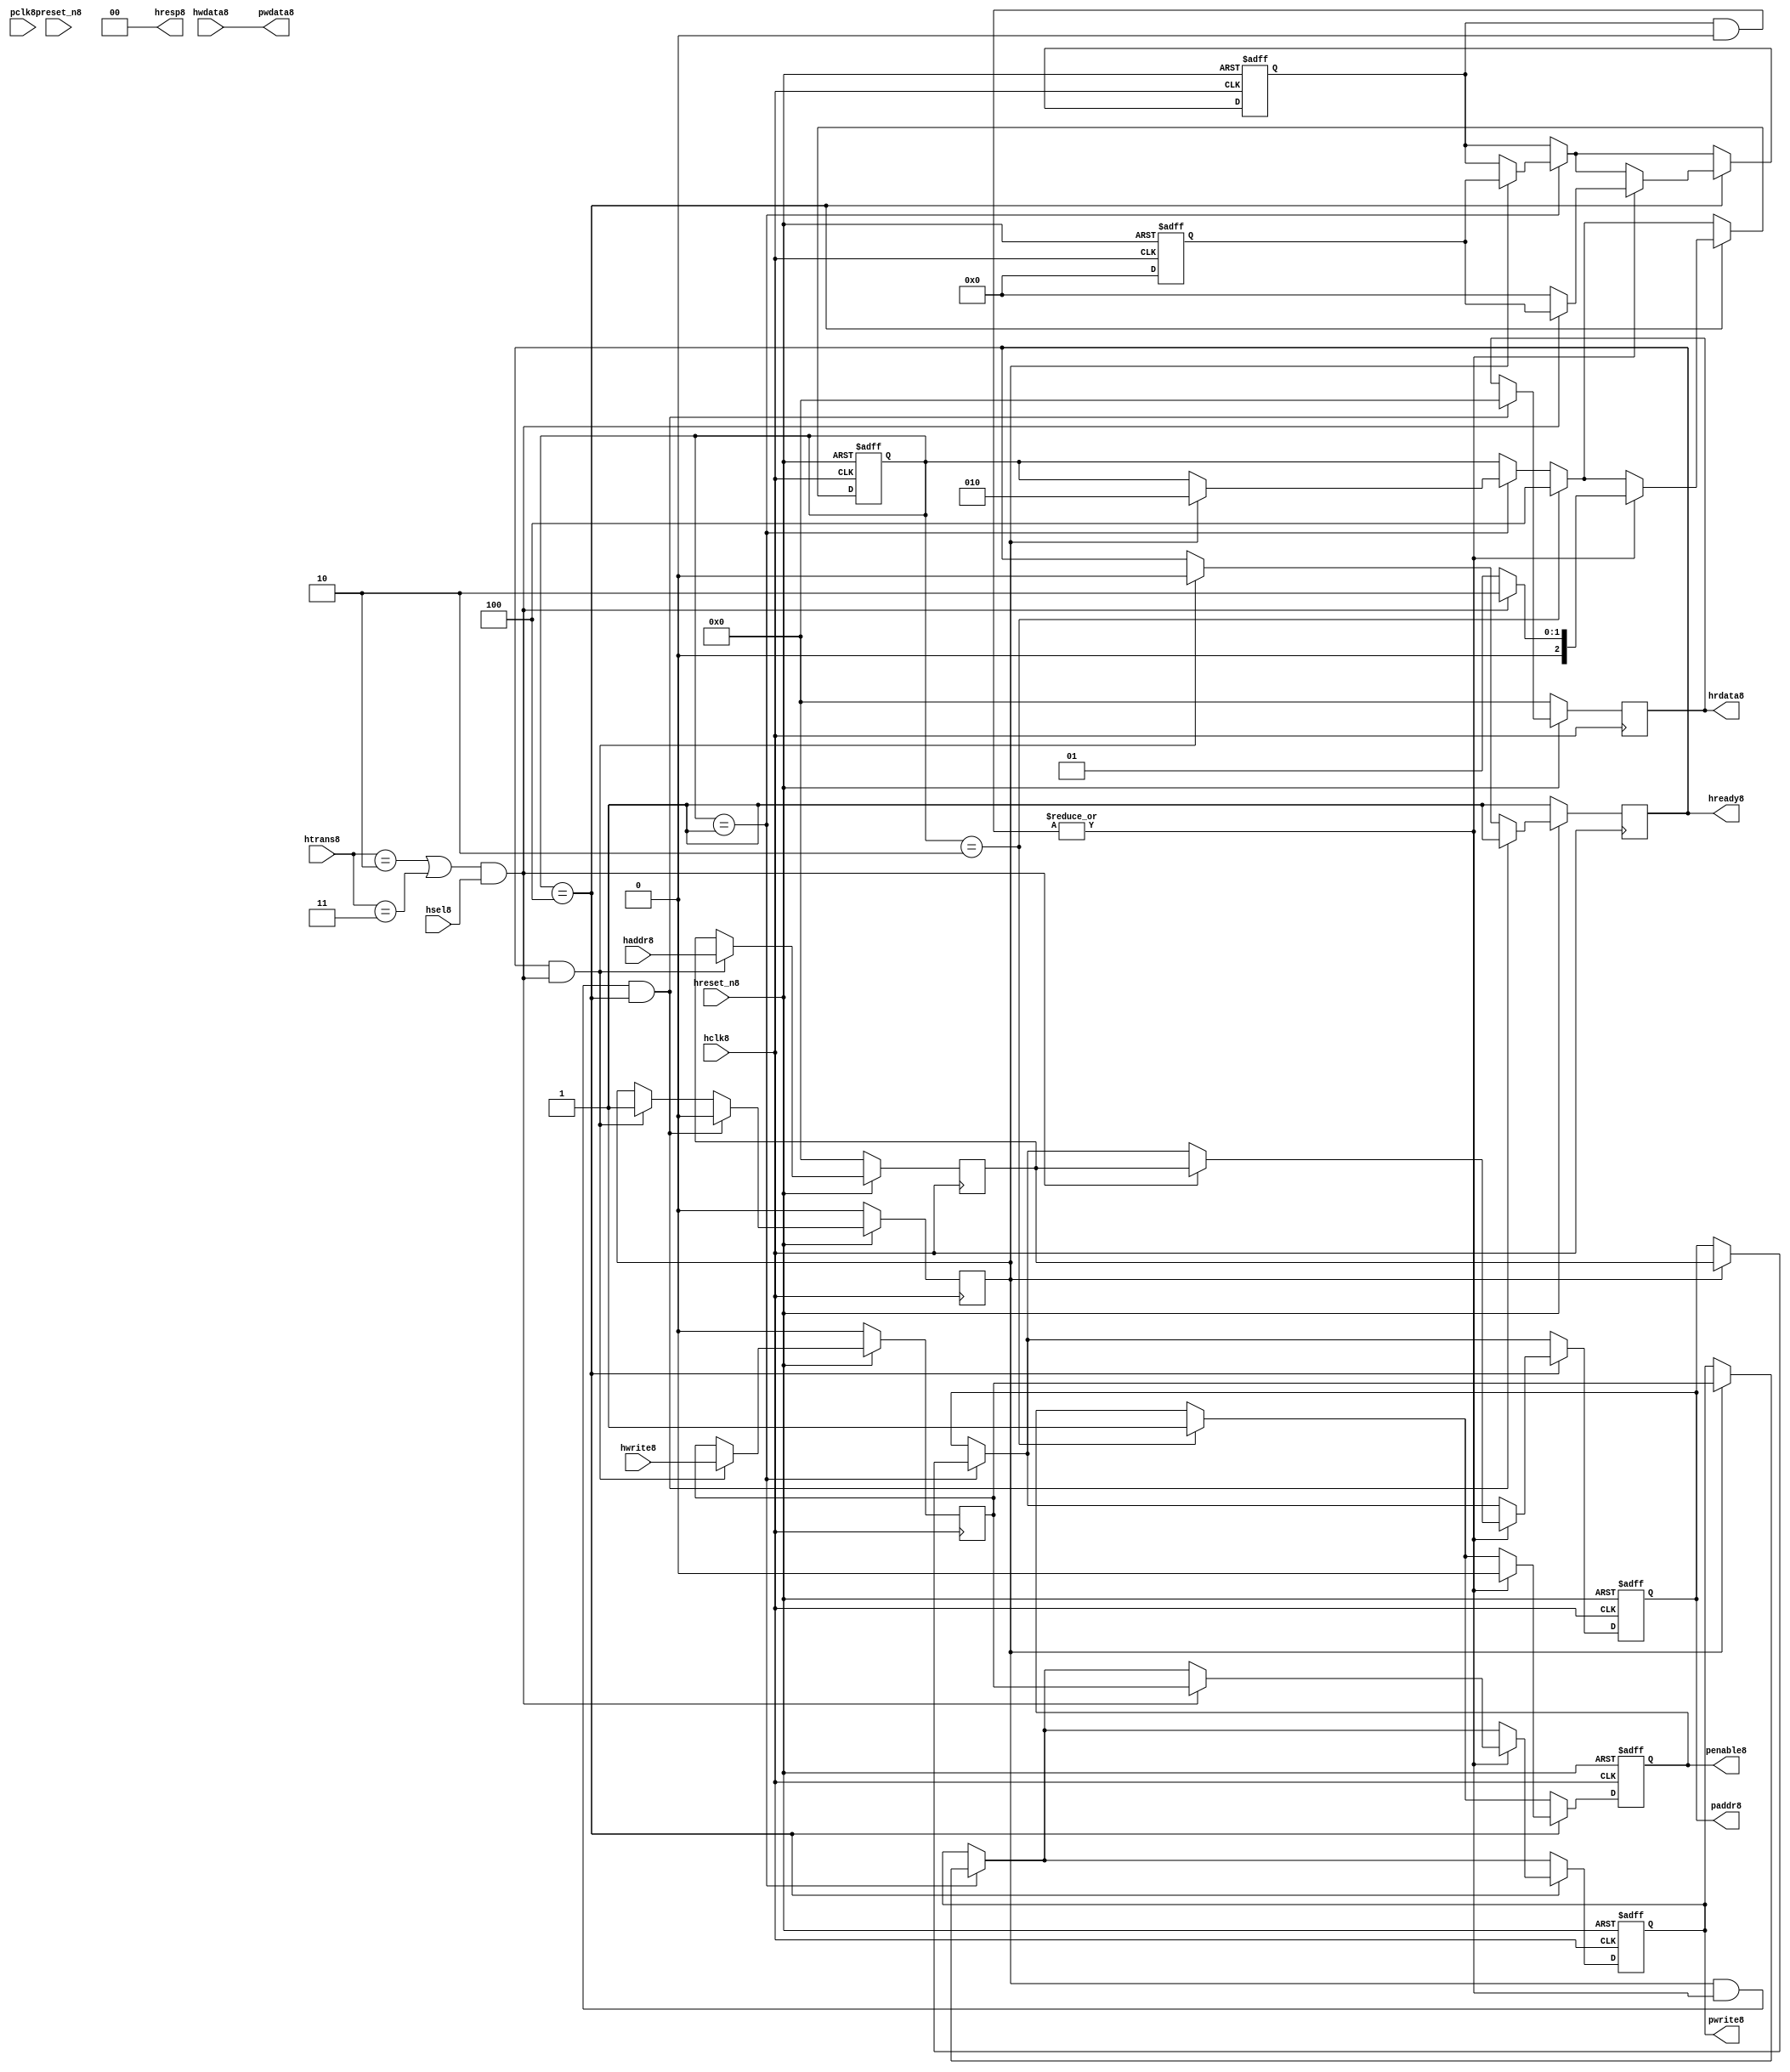
module ahb2apb8
(
  // AHB8 signals8
  hclk8,
  hreset_n8,
  hsel8,
  haddr8,
  htrans8,
  hwdata8,
  hwrite8,
  hrdata8,
  hready8,
  hresp8,
  
  // APB8 signals8 common to all APB8 slaves8
  pclk8,
  preset_n8,
  paddr8,
  penable8,
  pwrite8,
  pwdata8
  
  // Slave8 0 signals8
  `ifdef APB_SLAVE08
  ,psel08
  ,pready08
  ,prdata08
  `endif
  
  // Slave8 1 signals8
  `ifdef APB_SLAVE18
  ,psel18
  ,pready18
  ,prdata18
  `endif
  
  // Slave8 2 signals8
  `ifdef APB_SLAVE28
  ,psel28
  ,pready28
  ,prdata28
  `endif
  
  // Slave8 3 signals8
  `ifdef APB_SLAVE38
  ,psel38
  ,pready38
  ,prdata38
  `endif
  
  // Slave8 4 signals8
  `ifdef APB_SLAVE48
  ,psel48
  ,pready48
  ,prdata48
  `endif
  
  // Slave8 5 signals8
  `ifdef APB_SLAVE58
  ,psel58
  ,pready58
  ,prdata58
  `endif
  
  // Slave8 6 signals8
  `ifdef APB_SLAVE68
  ,psel68
  ,pready68
  ,prdata68
  `endif
  
  // Slave8 7 signals8
  `ifdef APB_SLAVE78
  ,psel78
  ,pready78
  ,prdata78
  `endif
  
  // Slave8 8 signals8
  `ifdef APB_SLAVE88
  ,psel88
  ,pready88
  ,prdata88
  `endif
  
  // Slave8 9 signals8
  `ifdef APB_SLAVE98
  ,psel98
  ,pready98
  ,prdata98
  `endif
  
  // Slave8 10 signals8
  `ifdef APB_SLAVE108
  ,psel108
  ,pready108
  ,prdata108
  `endif
  
  // Slave8 11 signals8
  `ifdef APB_SLAVE118
  ,psel118
  ,pready118
  ,prdata118
  `endif
  
  // Slave8 12 signals8
  `ifdef APB_SLAVE128
  ,psel128
  ,pready128
  ,prdata128
  `endif
  
  // Slave8 13 signals8
  `ifdef APB_SLAVE138
  ,psel138
  ,pready138
  ,prdata138
  `endif
  
  // Slave8 14 signals8
  `ifdef APB_SLAVE148
  ,psel148
  ,pready148
  ,prdata148
  `endif
  
  // Slave8 15 signals8
  `ifdef APB_SLAVE158
  ,psel158
  ,pready158
  ,prdata158
  `endif
  
);

parameter 
  APB_SLAVE0_START_ADDR8  = 32'h00000000,
  APB_SLAVE0_END_ADDR8    = 32'h00000000,
  APB_SLAVE1_START_ADDR8  = 32'h00000000,
  APB_SLAVE1_END_ADDR8    = 32'h00000000,
  APB_SLAVE2_START_ADDR8  = 32'h00000000,
  APB_SLAVE2_END_ADDR8    = 32'h00000000,
  APB_SLAVE3_START_ADDR8  = 32'h00000000,
  APB_SLAVE3_END_ADDR8    = 32'h00000000,
  APB_SLAVE4_START_ADDR8  = 32'h00000000,
  APB_SLAVE4_END_ADDR8    = 32'h00000000,
  APB_SLAVE5_START_ADDR8  = 32'h00000000,
  APB_SLAVE5_END_ADDR8    = 32'h00000000,
  APB_SLAVE6_START_ADDR8  = 32'h00000000,
  APB_SLAVE6_END_ADDR8    = 32'h00000000,
  APB_SLAVE7_START_ADDR8  = 32'h00000000,
  APB_SLAVE7_END_ADDR8    = 32'h00000000,
  APB_SLAVE8_START_ADDR8  = 32'h00000000,
  APB_SLAVE8_END_ADDR8    = 32'h00000000,
  APB_SLAVE9_START_ADDR8  = 32'h00000000,
  APB_SLAVE9_END_ADDR8    = 32'h00000000,
  APB_SLAVE10_START_ADDR8  = 32'h00000000,
  APB_SLAVE10_END_ADDR8    = 32'h00000000,
  APB_SLAVE11_START_ADDR8  = 32'h00000000,
  APB_SLAVE11_END_ADDR8    = 32'h00000000,
  APB_SLAVE12_START_ADDR8  = 32'h00000000,
  APB_SLAVE12_END_ADDR8    = 32'h00000000,
  APB_SLAVE13_START_ADDR8  = 32'h00000000,
  APB_SLAVE13_END_ADDR8    = 32'h00000000,
  APB_SLAVE14_START_ADDR8  = 32'h00000000,
  APB_SLAVE14_END_ADDR8    = 32'h00000000,
  APB_SLAVE15_START_ADDR8  = 32'h00000000,
  APB_SLAVE15_END_ADDR8    = 32'h00000000;

  // AHB8 signals8
input        hclk8;
input        hreset_n8;
input        hsel8;
input[31:0]  haddr8;
input[1:0]   htrans8;
input[31:0]  hwdata8;
input        hwrite8;
output[31:0] hrdata8;
reg   [31:0] hrdata8;
output       hready8;
output[1:0]  hresp8;
  
  // APB8 signals8 common to all APB8 slaves8
input       pclk8;
input       preset_n8;
output[31:0] paddr8;
reg   [31:0] paddr8;
output       penable8;
reg          penable8;
output       pwrite8;
reg          pwrite8;
output[31:0] pwdata8;
  
  // Slave8 0 signals8
`ifdef APB_SLAVE08
  output      psel08;
  input       pready08;
  input[31:0] prdata08;
`endif
  
  // Slave8 1 signals8
`ifdef APB_SLAVE18
  output      psel18;
  input       pready18;
  input[31:0] prdata18;
`endif
  
  // Slave8 2 signals8
`ifdef APB_SLAVE28
  output      psel28;
  input       pready28;
  input[31:0] prdata28;
`endif
  
  // Slave8 3 signals8
`ifdef APB_SLAVE38
  output      psel38;
  input       pready38;
  input[31:0] prdata38;
`endif
  
  // Slave8 4 signals8
`ifdef APB_SLAVE48
  output      psel48;
  input       pready48;
  input[31:0] prdata48;
`endif
  
  // Slave8 5 signals8
`ifdef APB_SLAVE58
  output      psel58;
  input       pready58;
  input[31:0] prdata58;
`endif
  
  // Slave8 6 signals8
`ifdef APB_SLAVE68
  output      psel68;
  input       pready68;
  input[31:0] prdata68;
`endif
  
  // Slave8 7 signals8
`ifdef APB_SLAVE78
  output      psel78;
  input       pready78;
  input[31:0] prdata78;
`endif
  
  // Slave8 8 signals8
`ifdef APB_SLAVE88
  output      psel88;
  input       pready88;
  input[31:0] prdata88;
`endif
  
  // Slave8 9 signals8
`ifdef APB_SLAVE98
  output      psel98;
  input       pready98;
  input[31:0] prdata98;
`endif
  
  // Slave8 10 signals8
`ifdef APB_SLAVE108
  output      psel108;
  input       pready108;
  input[31:0] prdata108;
`endif
  
  // Slave8 11 signals8
`ifdef APB_SLAVE118
  output      psel118;
  input       pready118;
  input[31:0] prdata118;
`endif
  
  // Slave8 12 signals8
`ifdef APB_SLAVE128
  output      psel128;
  input       pready128;
  input[31:0] prdata128;
`endif
  
  // Slave8 13 signals8
`ifdef APB_SLAVE138
  output      psel138;
  input       pready138;
  input[31:0] prdata138;
`endif
  
  // Slave8 14 signals8
`ifdef APB_SLAVE148
  output      psel148;
  input       pready148;
  input[31:0] prdata148;
`endif
  
  // Slave8 15 signals8
`ifdef APB_SLAVE158
  output      psel158;
  input       pready158;
  input[31:0] prdata158;
`endif
 
reg         ahb_addr_phase8;
reg         ahb_data_phase8;
wire        valid_ahb_trans8;
wire        pready_muxed8;
wire [31:0] prdata_muxed8;
reg  [31:0] haddr_reg8;
reg         hwrite_reg8;
reg  [2:0]  apb_state8;
wire [2:0]  apb_state_idle8;
wire [2:0]  apb_state_setup8;
wire [2:0]  apb_state_access8;
reg  [15:0] slave_select8;
wire [15:0] pready_vector8;
reg  [15:0] psel_vector8;
wire [31:0] prdata0_q8;
wire [31:0] prdata1_q8;
wire [31:0] prdata2_q8;
wire [31:0] prdata3_q8;
wire [31:0] prdata4_q8;
wire [31:0] prdata5_q8;
wire [31:0] prdata6_q8;
wire [31:0] prdata7_q8;
wire [31:0] prdata8_q8;
wire [31:0] prdata9_q8;
wire [31:0] prdata10_q8;
wire [31:0] prdata11_q8;
wire [31:0] prdata12_q8;
wire [31:0] prdata13_q8;
wire [31:0] prdata14_q8;
wire [31:0] prdata15_q8;

// assign pclk8     = hclk8;
// assign preset_n8 = hreset_n8;
assign hready8   = ahb_addr_phase8;
assign pwdata8   = hwdata8;
assign hresp8  = 2'b00;

// Respond8 to NONSEQ8 or SEQ transfers8
assign valid_ahb_trans8 = ((htrans8 == 2'b10) || (htrans8 == 2'b11)) && (hsel8 == 1'b1);

always @(posedge hclk8) begin
  if (hreset_n8 == 1'b0) begin
    ahb_addr_phase8 <= 1'b1;
    ahb_data_phase8 <= 1'b0;
    haddr_reg8      <= 'b0;
    hwrite_reg8     <= 1'b0;
    hrdata8         <= 'b0;
  end
  else begin
    if (ahb_addr_phase8 == 1'b1 && valid_ahb_trans8 == 1'b1) begin
      ahb_addr_phase8 <= 1'b0;
      ahb_data_phase8 <= 1'b1;
      haddr_reg8      <= haddr8;
      hwrite_reg8     <= hwrite8;
    end
    if (ahb_data_phase8 == 1'b1 && pready_muxed8 == 1'b1 && apb_state8 == apb_state_access8) begin
      ahb_addr_phase8 <= 1'b1;
      ahb_data_phase8 <= 1'b0;
      hrdata8         <= prdata_muxed8;
    end
  end
end

// APB8 state machine8 state definitions8
assign apb_state_idle8   = 3'b001;
assign apb_state_setup8  = 3'b010;
assign apb_state_access8 = 3'b100;

// APB8 state machine8
always @(posedge hclk8 or negedge hreset_n8) begin
  if (hreset_n8 == 1'b0) begin
    apb_state8   <= apb_state_idle8;
    psel_vector8 <= 1'b0;
    penable8     <= 1'b0;
    paddr8       <= 1'b0;
    pwrite8      <= 1'b0;
  end  
  else begin
    
    // IDLE8 -> SETUP8
    if (apb_state8 == apb_state_idle8) begin
      if (ahb_data_phase8 == 1'b1) begin
        apb_state8   <= apb_state_setup8;
        psel_vector8 <= slave_select8;
        paddr8       <= haddr_reg8;
        pwrite8      <= hwrite_reg8;
      end  
    end
    
    // SETUP8 -> TRANSFER8
    if (apb_state8 == apb_state_setup8) begin
      apb_state8 <= apb_state_access8;
      penable8   <= 1'b1;
    end
    
    // TRANSFER8 -> SETUP8 or
    // TRANSFER8 -> IDLE8
    if (apb_state8 == apb_state_access8) begin
      if (pready_muxed8 == 1'b1) begin
      
        // TRANSFER8 -> SETUP8
        if (valid_ahb_trans8 == 1'b1) begin
          apb_state8   <= apb_state_setup8;
          penable8     <= 1'b0;
          psel_vector8 <= slave_select8;
          paddr8       <= haddr_reg8;
          pwrite8      <= hwrite_reg8;
        end  
        
        // TRANSFER8 -> IDLE8
        else begin
          apb_state8   <= apb_state_idle8;      
          penable8     <= 1'b0;
          psel_vector8 <= 'b0;
        end  
      end
    end
    
  end
end

always @(posedge hclk8 or negedge hreset_n8) begin
  if (hreset_n8 == 1'b0)
    slave_select8 <= 'b0;
  else begin  
  `ifdef APB_SLAVE08
     slave_select8[0]   <= valid_ahb_trans8 && (haddr8 >= APB_SLAVE0_START_ADDR8)  && (haddr8 <= APB_SLAVE0_END_ADDR8);
   `else
     slave_select8[0]   <= 1'b0;
   `endif
   
   `ifdef APB_SLAVE18
     slave_select8[1]   <= valid_ahb_trans8 && (haddr8 >= APB_SLAVE1_START_ADDR8)  && (haddr8 <= APB_SLAVE1_END_ADDR8);
   `else
     slave_select8[1]   <= 1'b0;
   `endif  
     
   `ifdef APB_SLAVE28  
     slave_select8[2]   <= valid_ahb_trans8 && (haddr8 >= APB_SLAVE2_START_ADDR8)  && (haddr8 <= APB_SLAVE2_END_ADDR8);
   `else
     slave_select8[2]   <= 1'b0;
   `endif  
     
   `ifdef APB_SLAVE38  
     slave_select8[3]   <= valid_ahb_trans8 && (haddr8 >= APB_SLAVE3_START_ADDR8)  && (haddr8 <= APB_SLAVE3_END_ADDR8);
   `else
     slave_select8[3]   <= 1'b0;
   `endif  
     
   `ifdef APB_SLAVE48  
     slave_select8[4]   <= valid_ahb_trans8 && (haddr8 >= APB_SLAVE4_START_ADDR8)  && (haddr8 <= APB_SLAVE4_END_ADDR8);
   `else
     slave_select8[4]   <= 1'b0;
   `endif  
     
   `ifdef APB_SLAVE58  
     slave_select8[5]   <= valid_ahb_trans8 && (haddr8 >= APB_SLAVE5_START_ADDR8)  && (haddr8 <= APB_SLAVE5_END_ADDR8);
   `else
     slave_select8[5]   <= 1'b0;
   `endif  
     
   `ifdef APB_SLAVE68  
     slave_select8[6]   <= valid_ahb_trans8 && (haddr8 >= APB_SLAVE6_START_ADDR8)  && (haddr8 <= APB_SLAVE6_END_ADDR8);
   `else
     slave_select8[6]   <= 1'b0;
   `endif  
     
   `ifdef APB_SLAVE78  
     slave_select8[7]   <= valid_ahb_trans8 && (haddr8 >= APB_SLAVE7_START_ADDR8)  && (haddr8 <= APB_SLAVE7_END_ADDR8);
   `else
     slave_select8[7]   <= 1'b0;
   `endif  
     
   `ifdef APB_SLAVE88  
     slave_select8[8]   <= valid_ahb_trans8 && (haddr8 >= APB_SLAVE8_START_ADDR8)  && (haddr8 <= APB_SLAVE8_END_ADDR8);
   `else
     slave_select8[8]   <= 1'b0;
   `endif  
     
   `ifdef APB_SLAVE98  
     slave_select8[9]   <= valid_ahb_trans8 && (haddr8 >= APB_SLAVE9_START_ADDR8)  && (haddr8 <= APB_SLAVE9_END_ADDR8);
   `else
     slave_select8[9]   <= 1'b0;
   `endif  
     
   `ifdef APB_SLAVE108  
     slave_select8[10]  <= valid_ahb_trans8 && (haddr8 >= APB_SLAVE10_START_ADDR8) && (haddr8 <= APB_SLAVE10_END_ADDR8);
   `else
     slave_select8[10]   <= 1'b0;
   `endif  
     
   `ifdef APB_SLAVE118  
     slave_select8[11]  <= valid_ahb_trans8 && (haddr8 >= APB_SLAVE11_START_ADDR8) && (haddr8 <= APB_SLAVE11_END_ADDR8);
   `else
     slave_select8[11]   <= 1'b0;
   `endif  
     
   `ifdef APB_SLAVE128  
     slave_select8[12]  <= valid_ahb_trans8 && (haddr8 >= APB_SLAVE12_START_ADDR8) && (haddr8 <= APB_SLAVE12_END_ADDR8);
   `else
     slave_select8[12]   <= 1'b0;
   `endif  
     
   `ifdef APB_SLAVE138  
     slave_select8[13]  <= valid_ahb_trans8 && (haddr8 >= APB_SLAVE13_START_ADDR8) && (haddr8 <= APB_SLAVE13_END_ADDR8);
   `else
     slave_select8[13]   <= 1'b0;
   `endif  
     
   `ifdef APB_SLAVE148  
     slave_select8[14]  <= valid_ahb_trans8 && (haddr8 >= APB_SLAVE14_START_ADDR8) && (haddr8 <= APB_SLAVE14_END_ADDR8);
   `else
     slave_select8[14]   <= 1'b0;
   `endif  
     
   `ifdef APB_SLAVE158  
     slave_select8[15]  <= valid_ahb_trans8 && (haddr8 >= APB_SLAVE15_START_ADDR8) && (haddr8 <= APB_SLAVE15_END_ADDR8);
   `else
     slave_select8[15]   <= 1'b0;
   `endif  
  end
end

assign pready_muxed8 = |(psel_vector8 & pready_vector8);
assign prdata_muxed8 = prdata0_q8  | prdata1_q8  | prdata2_q8  | prdata3_q8  |
                      prdata4_q8  | prdata5_q8  | prdata6_q8  | prdata7_q8  |
                      prdata8_q8  | prdata9_q8  | prdata10_q8 | prdata11_q8 |
                      prdata12_q8 | prdata13_q8 | prdata14_q8 | prdata15_q8 ;

`ifdef APB_SLAVE08
  assign psel08            = psel_vector8[0];
  assign pready_vector8[0] = pready08;
  assign prdata0_q8        = (psel08 == 1'b1) ? prdata08 : 'b0;
`else
  assign pready_vector8[0] = 1'b0;
  assign prdata0_q8        = 'b0;
`endif

`ifdef APB_SLAVE18
  assign psel18            = psel_vector8[1];
  assign pready_vector8[1] = pready18;
  assign prdata1_q8        = (psel18 == 1'b1) ? prdata18 : 'b0;
`else
  assign pready_vector8[1] = 1'b0;
  assign prdata1_q8        = 'b0;
`endif

`ifdef APB_SLAVE28
  assign psel28            = psel_vector8[2];
  assign pready_vector8[2] = pready28;
  assign prdata2_q8        = (psel28 == 1'b1) ? prdata28 : 'b0;
`else
  assign pready_vector8[2] = 1'b0;
  assign prdata2_q8        = 'b0;
`endif

`ifdef APB_SLAVE38
  assign psel38            = psel_vector8[3];
  assign pready_vector8[3] = pready38;
  assign prdata3_q8        = (psel38 == 1'b1) ? prdata38 : 'b0;
`else
  assign pready_vector8[3] = 1'b0;
  assign prdata3_q8        = 'b0;
`endif

`ifdef APB_SLAVE48
  assign psel48            = psel_vector8[4];
  assign pready_vector8[4] = pready48;
  assign prdata4_q8        = (psel48 == 1'b1) ? prdata48 : 'b0;
`else
  assign pready_vector8[4] = 1'b0;
  assign prdata4_q8        = 'b0;
`endif

`ifdef APB_SLAVE58
  assign psel58            = psel_vector8[5];
  assign pready_vector8[5] = pready58;
  assign prdata5_q8        = (psel58 == 1'b1) ? prdata58 : 'b0;
`else
  assign pready_vector8[5] = 1'b0;
  assign prdata5_q8        = 'b0;
`endif

`ifdef APB_SLAVE68
  assign psel68            = psel_vector8[6];
  assign pready_vector8[6] = pready68;
  assign prdata6_q8        = (psel68 == 1'b1) ? prdata68 : 'b0;
`else
  assign pready_vector8[6] = 1'b0;
  assign prdata6_q8        = 'b0;
`endif

`ifdef APB_SLAVE78
  assign psel78            = psel_vector8[7];
  assign pready_vector8[7] = pready78;
  assign prdata7_q8        = (psel78 == 1'b1) ? prdata78 : 'b0;
`else
  assign pready_vector8[7] = 1'b0;
  assign prdata7_q8        = 'b0;
`endif

`ifdef APB_SLAVE88
  assign psel88            = psel_vector8[8];
  assign pready_vector8[8] = pready88;
  assign prdata8_q8        = (psel88 == 1'b1) ? prdata88 : 'b0;
`else
  assign pready_vector8[8] = 1'b0;
  assign prdata8_q8        = 'b0;
`endif

`ifdef APB_SLAVE98
  assign psel98            = psel_vector8[9];
  assign pready_vector8[9] = pready98;
  assign prdata9_q8        = (psel98 == 1'b1) ? prdata98 : 'b0;
`else
  assign pready_vector8[9] = 1'b0;
  assign prdata9_q8        = 'b0;
`endif

`ifdef APB_SLAVE108
  assign psel108            = psel_vector8[10];
  assign pready_vector8[10] = pready108;
  assign prdata10_q8        = (psel108 == 1'b1) ? prdata108 : 'b0;
`else
  assign pready_vector8[10] = 1'b0;
  assign prdata10_q8        = 'b0;
`endif

`ifdef APB_SLAVE118
  assign psel118            = psel_vector8[11];
  assign pready_vector8[11] = pready118;
  assign prdata11_q8        = (psel118 == 1'b1) ? prdata118 : 'b0;
`else
  assign pready_vector8[11] = 1'b0;
  assign prdata11_q8        = 'b0;
`endif

`ifdef APB_SLAVE128
  assign psel128            = psel_vector8[12];
  assign pready_vector8[12] = pready128;
  assign prdata12_q8        = (psel128 == 1'b1) ? prdata128 : 'b0;
`else
  assign pready_vector8[12] = 1'b0;
  assign prdata12_q8        = 'b0;
`endif

`ifdef APB_SLAVE138
  assign psel138            = psel_vector8[13];
  assign pready_vector8[13] = pready138;
  assign prdata13_q8        = (psel138 == 1'b1) ? prdata138 : 'b0;
`else
  assign pready_vector8[13] = 1'b0;
  assign prdata13_q8        = 'b0;
`endif

`ifdef APB_SLAVE148
  assign psel148            = psel_vector8[14];
  assign pready_vector8[14] = pready148;
  assign prdata14_q8        = (psel148 == 1'b1) ? prdata148 : 'b0;
`else
  assign pready_vector8[14] = 1'b0;
  assign prdata14_q8        = 'b0;
`endif

`ifdef APB_SLAVE158
  assign psel158            = psel_vector8[15];
  assign pready_vector8[15] = pready158;
  assign prdata15_q8        = (psel158 == 1'b1) ? prdata158 : 'b0;
`else
  assign pready_vector8[15] = 1'b0;
  assign prdata15_q8        = 'b0;
`endif

endmodule